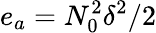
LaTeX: e_{a}=N_{0}^{2}\delta^{2}/2